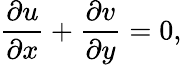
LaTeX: \frac{\partial u}{\partial x}+\frac{\partial v}{\partial y}=0,